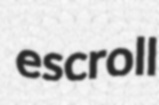
escroll